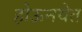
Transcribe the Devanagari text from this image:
होऊनयेत